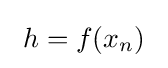
\ h=f(x_{n})~